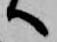
へ